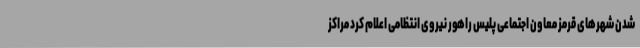
شدن شهرهای قرمز معاون اجتماعی پلیس راهور نیروی انتظامی اعلام کرد مراکز